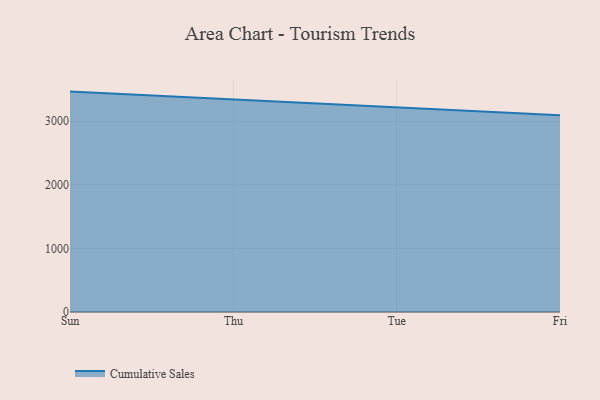
{"axis": {"x": "Day", "y": "Humidity (%)"}, "legend": ["Cumulative Sales"], "data": [{"x": "Sun", "y": 3465.2, "type": "Cumulative Sales"}, {"x": "Thu", "y": 3342.9, "type": "Cumulative Sales"}, {"x": "Tue", "y": 3222.8, "type": "Cumulative Sales"}, {"x": "Fri", "y": 3091.7, "type": "Cumulative Sales"}]}